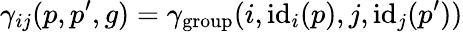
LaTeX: \gamma_{ij}(p,p^{\prime},g)=\gamma_{\textup{group}}(i,\textup{id}_{i}(p),j,\textup{id}_{j}(p^{\prime}))